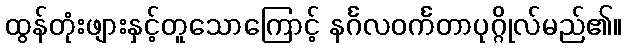
ထွန်တုံးဖျားနှင့်တူသောကြောင့် နင်္ဂလဝင်္ကတာပုဂ္ဂိုလ်မည်၏။